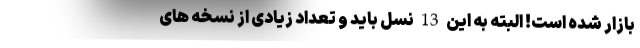
بازار شده است! البته به این 13 نسل باید و تعداد زیادی از نسخه های